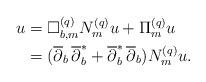
LaTeX: \begin{align*} u&=\Box^{(q)}_{b,m}N^{(q)}_mu+\Pi^{(q)}_mu \\&=(\overline\partial_b\,\overline{\partial}^*_b+\overline{\partial}^*_b\,\overline\partial_b)N^{(q)}_mu.\end{align*}